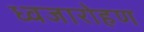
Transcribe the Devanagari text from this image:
ध्‍वजारोहण